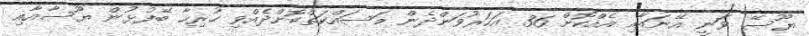
ޔޫސޭ ވަނީ އޭނައާއި އެއްކޮށް 36 އަހަރުވަންދެން މަސައްކަތްކޮށްދެއްވި ހުރިހާ ބޭފުޅުން ޔޫސާއާއި